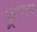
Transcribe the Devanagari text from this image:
फ़्रायर